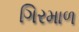
ગિરમાળ